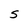
Character: S